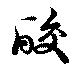
酸